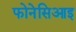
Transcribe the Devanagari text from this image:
फोनेसिआइ